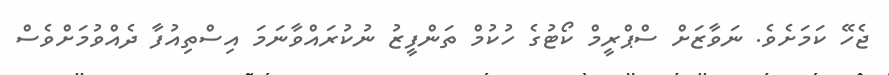
ޖެހޭ ކަމަށެވެ. ނަވާޒަށް ސްޕްރީމް ކޯޓުގެ ހުކުމް ތަންފީޒު ނުކުރައްވާނަމަ އިސްތިއުުފާ ދެއްވުމަށްވެސް